Report on vaccination in the Province of Bengal - 1874-1889
Year: 1874
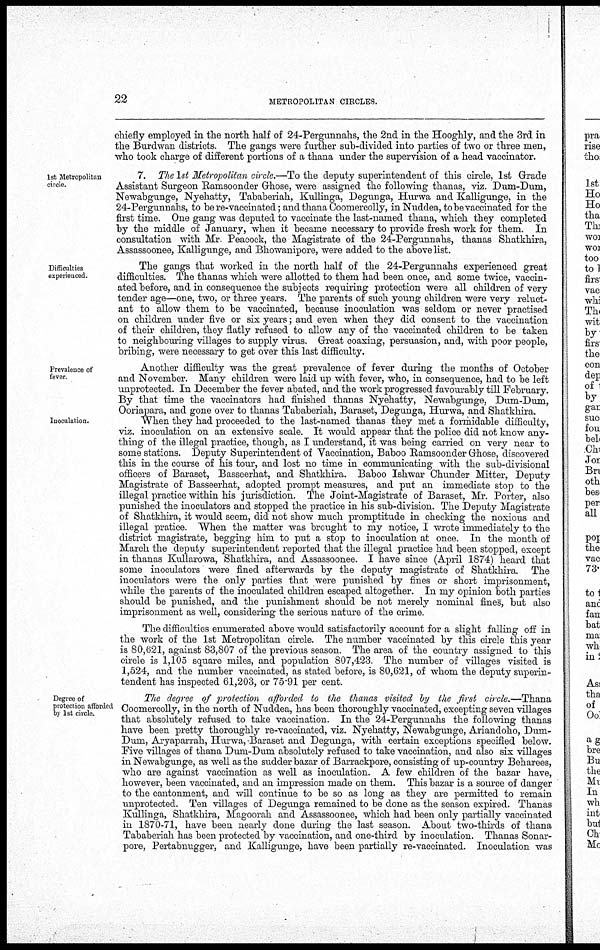
22
METROPOLITAN CIRCLES.
chiefly employed in the north half of 24-Pergunnahs, the 2nd in the Hooghly, and the 3rd in
the Burdwan districts. The gangs were further sub-divided into parties of two or three men,
who took charge of different portions of a thana under the supervision of a head vaccinator.
1st Metropolitan
circle.
7. The 1st Metropolitan circle.—To the deputy superintendent of this circle, 1st Grade
Assistant Surgeon Ramsoonder Ghose, were assigned the following thanas, viz. Dum-Dum,
Newabgunge, Nyehatty, Tababeriah, Kullinga, Degunga, Hurwa and Kalligunge, in the
24-Pergunnahs, to be re-vaccinated; and thana Coomercolly, in Nuddea, to be vaccinated for the
first time. One gang was deputed to vaccinate the last-named thana, which they completed
by the middle of January, when it became necessary to provide fresh work for them. In
consultation with Mr Peacock, the Magistrate of the 24-Pergunnahs, thanas Shatkhira,
Assassoonee, Kalligunge, and Bhowanipore, were added to the above list.
Difficulties
experienced.
The gangs that worked in the north half of the 24-Pergunnahs experienced great
difficulties. The thanas which were allotted to them had been once, and some twice, vaccin-
ated before, and in consequence the subjects requiring protection were all children of very
tender age—one, two, or three years. The parents of such young children were very reluct-
ant to allow them to be vaccinated, because inoculation was seldom or never practised
on children under five or six years; and even when they did consent to the vaccination
of their children, they flatly refused to allow any of the vaccinated children to be taken
to neighbouring villages to supply virus. Great coaxing, persuasion, and, with poor people,
bribing, were necessary to get over this last difficulty.
Prevalence of
fever.
Inoculation.
Another difficulty was the great prevalence of fever during the months of October
and November. Many children were laid up with fever, who, in consequence, had to be left
unprotected. In December the fever abated, and the work progressed favourably till February.
By that time the vaccinators had finished thanas Nyehatty, Newabgunge, Dum-Dum,
Ooriapara, and gone over to thanas Tababeriah, Baraset, Degunga, Hurwa, and Shatkhira.
When they had proceeded to the last-named thanas they met a formidable difficulty,
viz. inoculation on an extensive scale. It would appear that the police did not know any-
thing of the illegal practice, though, as I understand, it was being carried on very near to
some stations. Deputy Superintendent of Vaccination, Baboo Ramsoonder Ghose, discovered
this in the course of his tour, and lost no time in communicating with the sub-divisional
officers of Baraset, Basseerhat, and Shatkhira. Baboo Ishwar Chunder Mitter, Deputy
Magistrate of Basseerhat, adopted prompt measures, and put an immediate stop to the
illegal practice within his jurisdiction. The Joint-Magistrate of Baraset, Mr. Porter, also
punished the inoculators and stopped the practice in his sub-division. The Deputy Magistrate
of Shatkhira, it would seem, did not show much promptitude in checking the noxious and
illegal pratice. When the matter was brought to my notice, I wrote immediately to the
district magistrate, begging him to put a stop to inoculation at once. In the month of
March the deputy superintendent reported that the illegal practice had been stopped, except
in thanas Kullarowa, Shatkhira, and Assassoonee. I have since (April 1874) heard that
some inoculators were fined afterwards by the deputy magistrate of Shatkhira. The
inoculators were the only parties that were punished by fines or short imprisonment,
while the parents of the inoculated children escaped altogether. In my opinion both parties
should be punished, and the punishment should be not merely nominal fines, but also
imprisonment as well, considering the serious nature of the crime.
The difficulties enumerated above would satisfactorily account for a slight falling off in
the work of the 1st Metropolitan circle. The number vaccinated by this circle this year
is 80,621, against 83,807 of the previous season. The area of the country assigned to this
circle is 1,105 square miles, and population 807,423. The number of villages visited is
1,524, and the number vaccinated, as stated before, is 80,621, of whom the deputy superin-
tendent has inspected 61,203, or 75.91 per cent.
Degree of
protection afforded
by 1st circle.
The degree of protection afforded to the thanas visited by the first circle.—Thana
Coomercolly, in the north of Nuddea, has been thoroughly vaccinated, excepting seven villages
that absolutely refused to take vaccination. In the 24-Pergunnahs the following thanas
have been pretty thoroughly re-vaccinated, viz. Nyehatty, Newabgunge, Ariandoho, Dum-
Dum, Aryaparrah, Hurwa, Baraset and Degunga, with certain exceptions specified below.
Five villages of thana Dum-Dum absolutely refused to take vaccination, and also six villages
in Newabgunge, as well as the sudder bazar of Barrackpore, consisting of up-country Beharees,
who are against vaccination as well as inoculation. A few children of the bazar have,
however, been vaccinated, and an impression made on them. This bazar is a source of danger
to the cantonment, and will continue to be so as long as they are permitted to remain
unprotected. Ten villages of Degunga remained to be done as the season expired. Thanas
Kullinga, Shatkhira, Magoorah and Assassoonee, which had been only partially vaccinated
in 1870-71, have been nearly done during the last season. About two-thirds of thana
Tababeriah has been protected by vaccination, and one-third by inoculation. Thanas Sonar-
pore, Pertabnugger, and Kalligunge, have been partially re-vaccinated. Inoculation was